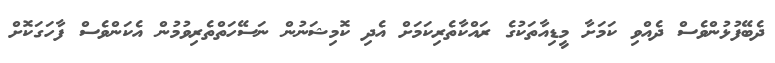
ދެބޭފުޅުންވެސް ދެއްވި ކަމަށާ މީޑިއާތަކުގެ ރައްކާތެރިކަމަށް އެދި ކޮމިޝަނުން ނަސޭހަތްތެރިވުމުން އެކަންވެސް ފާހަގަކޮށް